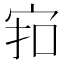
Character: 𪧊